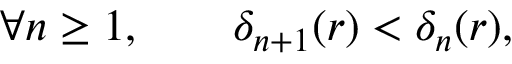
\forall n \geq 1 , \qquad \delta _ { n + 1 } ( r ) < \delta _ { n } ( r ) ,